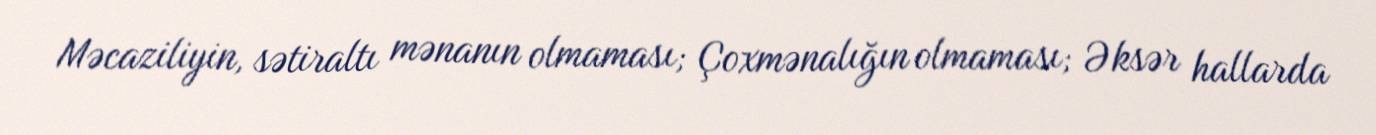
Məcaziliyin, sətiraltı mənanın olmaması; Çoxmənalığın olmaması; Əksər hallarda